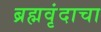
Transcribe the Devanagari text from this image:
ब्रह्मवृंदाचा